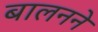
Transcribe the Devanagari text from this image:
बालनने